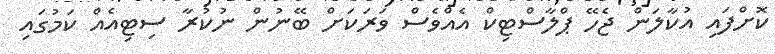
ކޮށްފައި އުކާލަން ޖެހޭ ޕްލާސްޓިކް އެއްވެސް ވަރަކަށް ބޭނުން ނުކުރާ ސިޓިއެއް ކަމުގައި